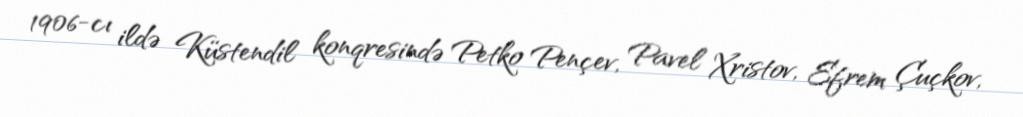
1906-cı ildə Küstendil konqresində Petko Pençev, Pavel Xristov, Efrem Çuçkov,